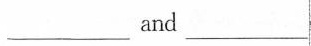
___and___